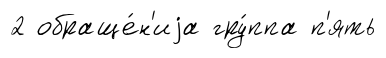
2 обраще́н'иjа гру́ппа п'ять